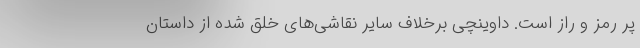
پر رمز و راز است. داوینچی برخلاف سایر نقاشی‌های خلق شده از داستان